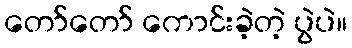
တော်တော် ကောင်းခဲ့တဲ့ ပွဲပဲ။